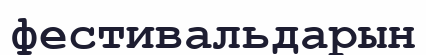
фестивальдарын